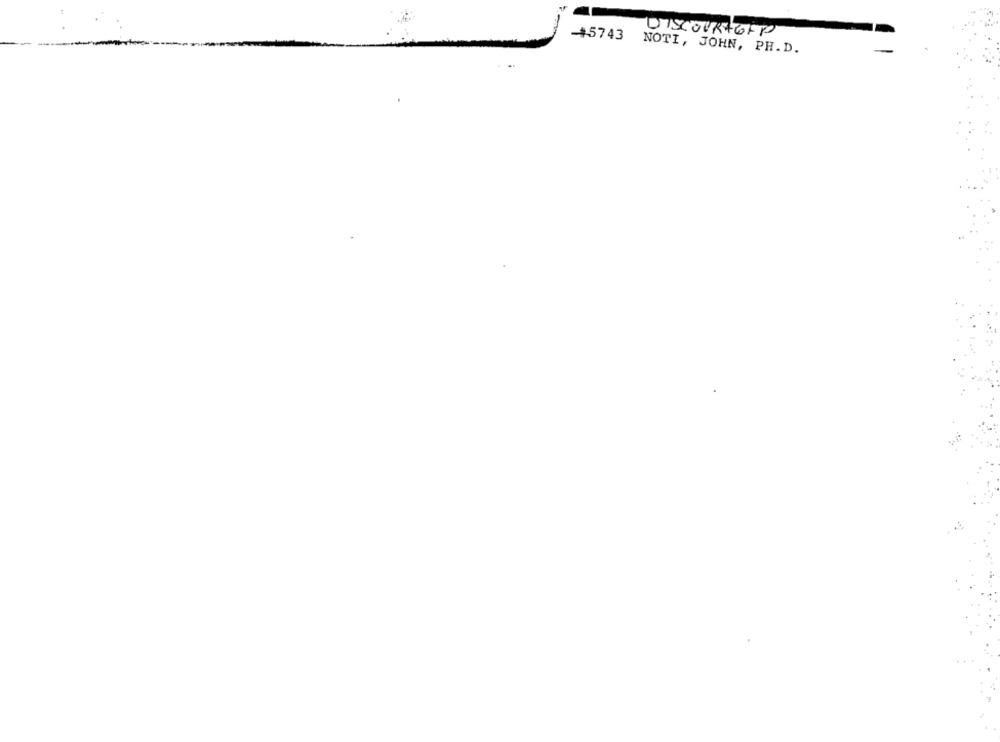
-45743
DISCOURAGEP
NOTI, JOHN, PH.D.